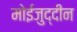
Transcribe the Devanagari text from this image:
मोईजुद्दीन